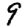
Digit: 9